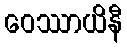
ဝေဿာယိနီ